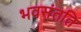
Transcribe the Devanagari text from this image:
भवसंतति